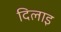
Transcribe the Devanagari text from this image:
दिलाइ